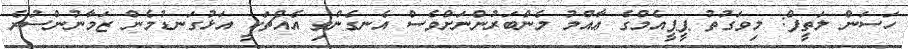
ހަސަން ލަތީފް: މިވަގުތު ޕީޕީއެމްގެ ޢާއްމު މެންބަރުންނަށްވެސް އެނގެންވި އެއްޗަކީ އަޅުގަނޑުމެން ޒަމާނުންސުރެ